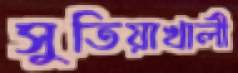
সুতিয়াখালী